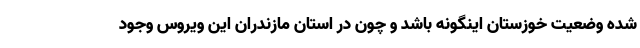
شده وضعیت خوزستان اینگونه باشد و چون در استان مازندران این ویروس وجود